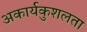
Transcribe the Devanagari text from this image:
अकार्यकुशलता